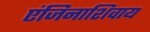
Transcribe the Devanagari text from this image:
एंजिनाशिवाय